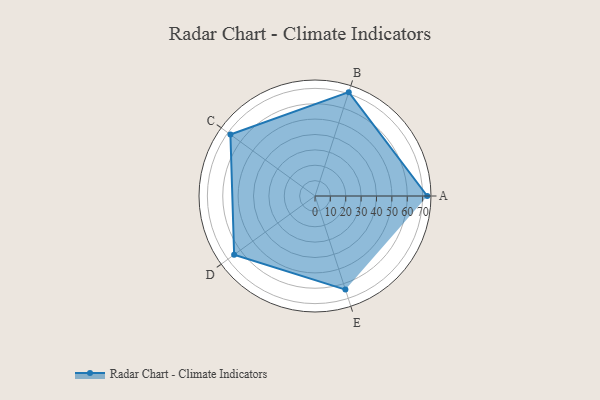
{"axis": {"x": "Skill", "y": "Score"}, "legend": ["Profile"], "data": [{"x": "A", "y": 73.0, "type": "Profile"}, {"x": "B", "y": 71.0, "type": "Profile"}, {"x": "C", "y": 68.0, "type": "Profile"}, {"x": "D", "y": 65.0, "type": "Profile"}, {"x": "E", "y": 64.0, "type": "Profile"}]}